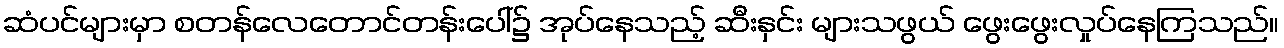
ဆံပင်များမှာ စတန်လေတောင်တန်းပေါ်၌ အုပ်နေသည့် ဆီးနှင်း များသဖွယ် ဖွေးဖွေးလှုပ်နေကြသည်။